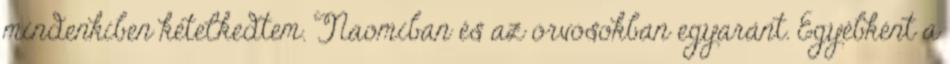
mindenkiben kételkedtem. Naomiban és az orvosokban egyaránt. Egyébként a